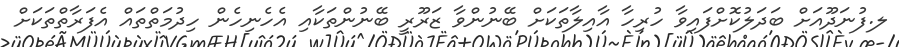
ލ.ފުނަދޫއަށް ބަދަލުކޮށްފައިވާ ހުރިހާ އާއިލާތަކަށް ބޭނުންވާ ޒަރޫރީ ބޭނުންތަކާއި އެހެނިހެން ހިދުމަތްތައް އެފަރާތްތަކަށް